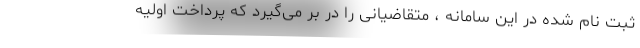
ثبت نام شده در این سامانه ، متقاضیانی را در بر می‌گیرد که پرداخت اولیه